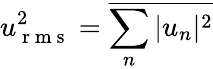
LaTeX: u_{\mathrm{~r~m~s~}}^{2}=\overline{{\sum_{n}|u_{n}|^{2}}}